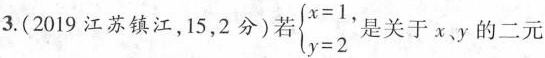
3.(2019江苏镇江，15，2分)若$$\begin{x=1}\end{y=2}$$是关于x，y的二元